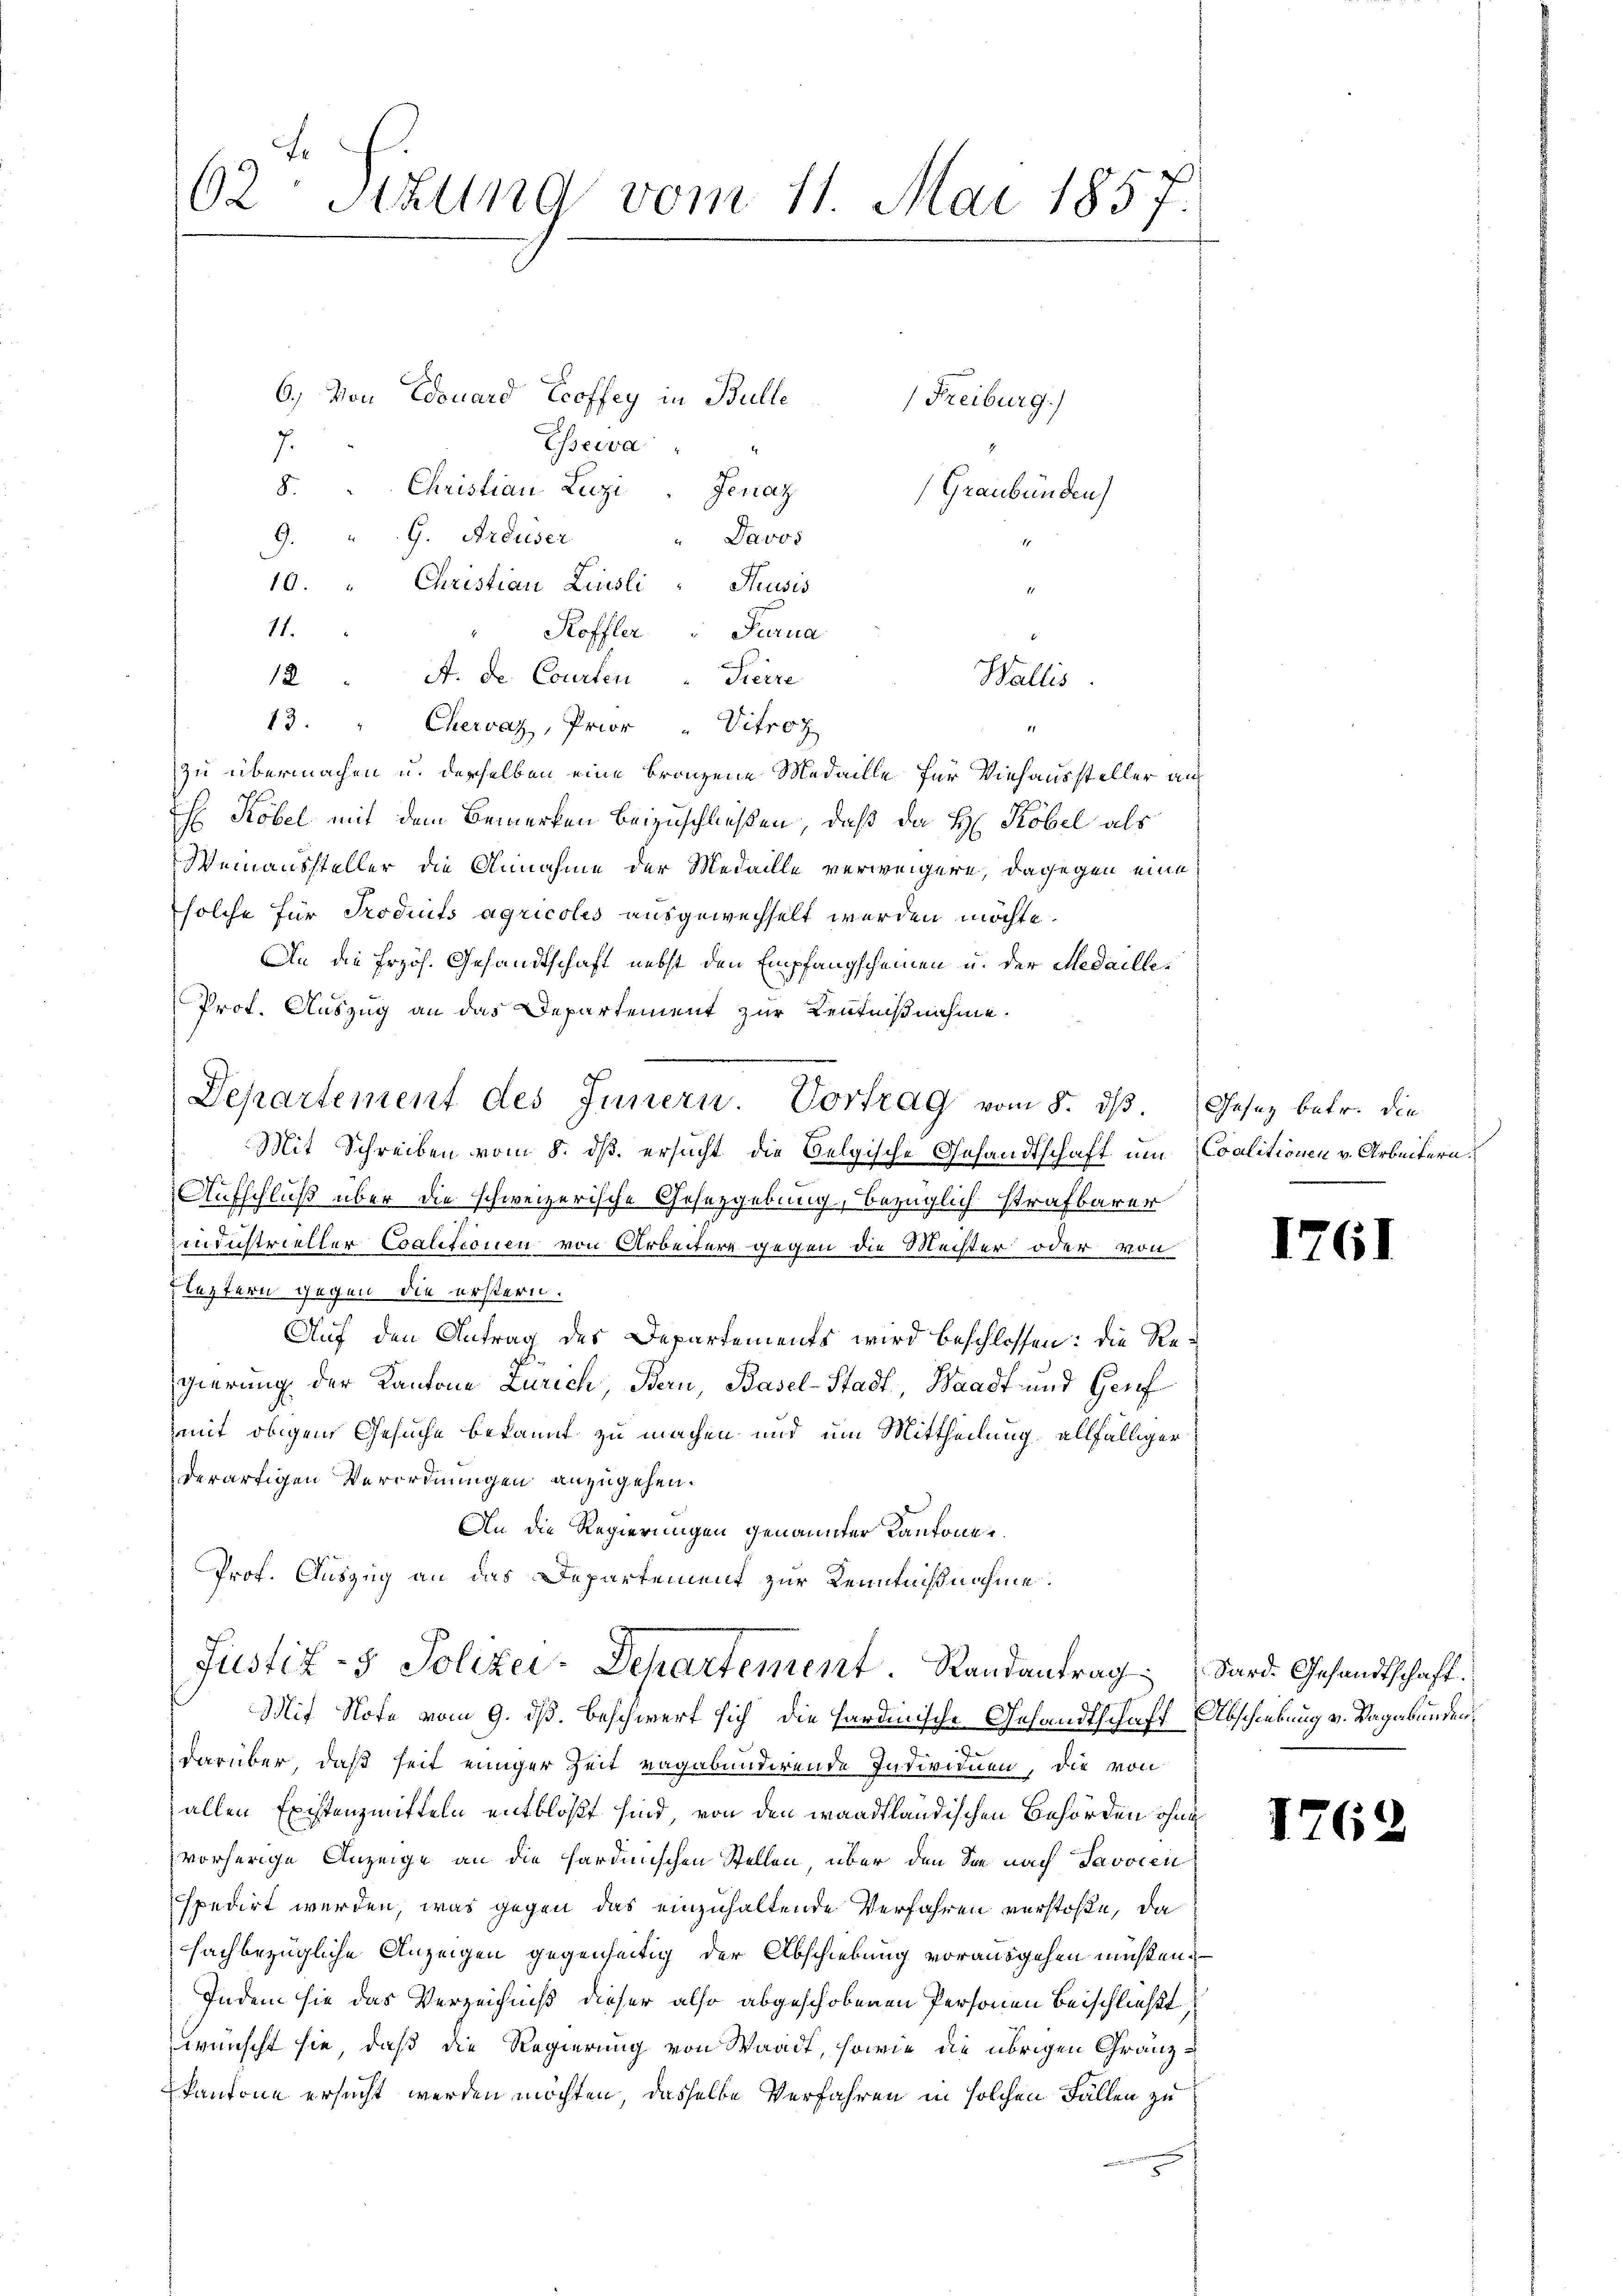
62 Stzung vom 11. Mai 1857.

6.) Von Edouard Eroffey in Bulle
Eserva
7
8. Christian Leczi "Fenaz
9. " G. Areuser
" Davos
19. " Christian Zinsli " Prusis
i
11.
Roffler " Turna
12 " A. de Courten " Pierre
13. " Chervaz, Prior " Vitroz
zu übermachen u. derselben eine Fragene Medaille für Viehaussteller auf
Köbel mit dem Bemerken beizuschließen, daß da Hr. Köbel als
Weinaussteller die Annahme der Medaille verweigere, dagegen eine
solche für Produits agricolis ausgewechselt werden möchte.
An die frzöh. Gesandtschaft nebst den Empfangscheinen u. der Medaille¬
Prof. Auszug an das Departement zur Kenntnißnahme.
Departement des Innern. Vortrag vom 8. ds. Gesez betr. die
Mit Schreiben vom 8. ds. ersucht die Belgische Gesandtschaft um (Coalitionen v. Arbeitern
2
Aufschluß über die schweizerische Gesetzgebung, bezüglich strafbarer
industrieller Coalisionen von Arbeitere gegen die Meister oder von
letztern gegen die erstern.
Auf den Antrag des Departements wird beschlossen: die Regierung der Kantone Zürich, Bern, Basel-Stadt, Waadt und Genf
mit obigem Gesuche bekannt zu machen und um Mittheilung allfälliger
derartigen Verordnungen anzugehen.
An die Regierungen genannter Kantonen.
Prof. Auszug an das Departement zur Kenntnißnahme.
Justiz- & Polizei-Departement Randantrag dard Gesandtschaft.
Mif Note vom 9. ds. beschwert sich die Hardinische Gesandtschaff Abschiebung v. Vagabunden,
darüber, daß seit einiger Zeit vagabundirende Individuen, die von
allen Existenzmitteln entblößt sind, von den waadtländischen Behörden ohne
vorherige Anzeige an die sardinischen Stellen, über den Sie nach Javoren
spedirt werden, was gegen das einzuhaltende Verfahren verstoße, da
fachbezügliche Anzeigen gegenseitig der Abschiebung vorausgehen müßen.
Indem sie das Verzeichniß dieser also abgeschobenen Personen Beischließt
wünscht sie, daß die Regierung von Waadt, sowie die übrigen Gränzkantone ersucht werden möchten, dasselbe Verfahren in solchen Fällen zu

(Freiburg)
Graubünden)

Wallis.

1761

1762